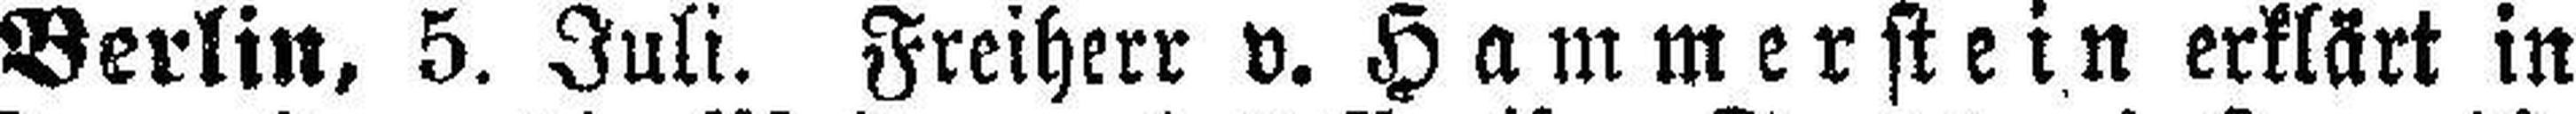
Berlin, 5. Juli. Freiherr v. Hammerstein erklärt in